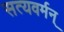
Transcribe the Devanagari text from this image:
सत्यवर्मन्